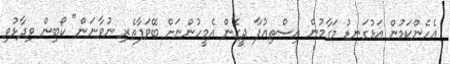
އެހެންކަމުން އަޅުގަނޑު މަގާމުން އިސްތިއުފާ ދީގެން އެމީހުންނަށް ބޭވަފާތެރި ނުވާނަން" ކޯބިން ވިދާޅުވި